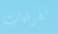
الهراءات